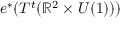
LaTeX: e ^ { * } ( T ^ { t } ( \mathbb { R } ^ { 2 } \times U ( 1 ) ) )